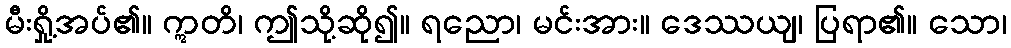
မီးရှို့အပ်၏။ ဣတိ၊ ဤသို့ဆို၍။ ရညော၊ မင်းအား။ ဒေဿယျ၊ ပြရာ၏။ သော၊